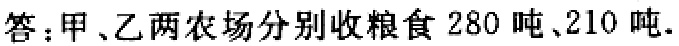
答：甲、乙两农场分别收粮食 \(280\) 吨、\(210\) 吨.